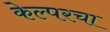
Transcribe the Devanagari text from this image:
केल्परचा